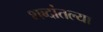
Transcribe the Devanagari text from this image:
शब्दांतल्या